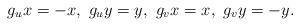
LaTeX: \begin{align*}g_ux = - x, \ g_uy = y, \ g_vx = x, \ g_vy = -y.\end{align*}